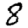
Digit: 8